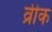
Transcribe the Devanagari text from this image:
व्रीक